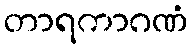
တာရကာဂဏံ